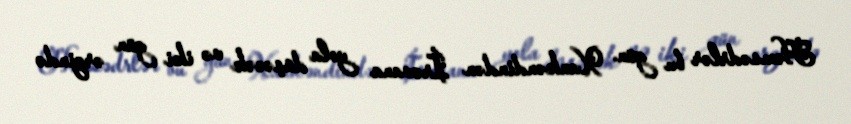
Həmsədrlər bu gün Xankəndindən İrəvana yola düşəcək və iki gün ərzində